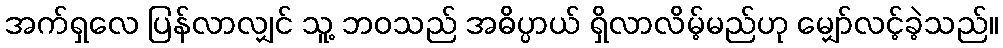
အက်ရှလေ ပြန်လာလျှင် သူ့ ဘဝသည် အဓိပ္ပာယ် ရှိလာလိမ့်မည်ဟု မျှော်လင့်ခဲ့သည်။